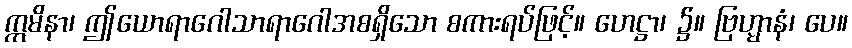
ဣမိနာ၊ ဤယောရာဂေါသာရာဂေါအစရှိသော စကားရပ်ဖြင့်။ ဟေဋ္ဌာ၊ ၌။ ဗြဟ္မာနံ၊ ပေ။